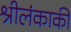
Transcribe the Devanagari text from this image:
श्रीलंकाकी